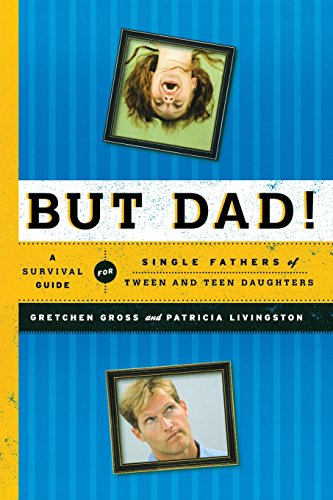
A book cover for But Dad!: A Survival Guide for Single Fathers of Tween and Teen Daughters; Gretchen Gross; Parenting & Relationships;